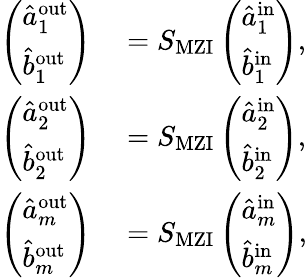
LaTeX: \begin{array}{rl}{\left(\begin{array}{l}{\hat{a}_{1}^{\mathrm{{out}}}}\\ {\hat{b}_{1}^{\mathrm{{out}}}}\end{array}\right)}&{{}=S_{\mathrm{{MZI}}}\left(\begin{array}{l}{\hat{a}_{1}^{\mathrm{{in}}}}\\ {\hat{b}_{1}^{\mathrm{{in}}}}\end{array}\right),}\\ {\left(\begin{array}{l}{\hat{a}_{2}^{\mathrm{{out}}}}\\ {\hat{b}_{2}^{\mathrm{{out}}}}\end{array}\right)}&{{}=S_{\mathrm{{MZI}}}\left(\begin{array}{l}{\hat{a}_{2}^{\mathrm{{in}}}}\\ {\hat{b}_{2}^{\mathrm{{in}}}}\end{array}\right),}\\ {\left(\begin{array}{l}{\hat{a}_{m}^{\mathrm{{out}}}}\\ {\hat{b}_{m}^{\mathrm{{out}}}}\end{array}\right)}&{{}=S_{\mathrm{{MZI}}}\left(\begin{array}{l}{\hat{a}_{m}^{\mathrm{{in}}}}\\ {\hat{b}_{m}^{\mathrm{{in}}}}\end{array}\right),}\end{array}